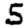
Digit: 5